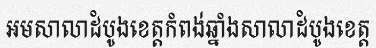
អមសាលាដំបូងខេត្តកំពង់ឆ្នាំងសាលាដំបូងខេត្ត